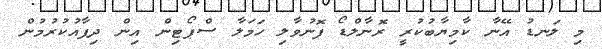
މި ލަނޑު އޭނާ ކާމިޔާބުކުރީ ރޮނާލްޑޯ ފޮނުވާލި ހަމަލާ ސްޕޯޓިން އިން ދިފާއުކުރުމުން